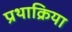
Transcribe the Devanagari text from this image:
प्रथाक्रिया